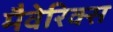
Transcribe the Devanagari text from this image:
मैवेरिक्स